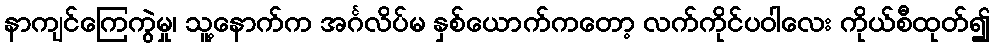
နာကျင်ကြေကွဲမှု၊ သူ့နောက်က အင်္ဂလိပ်မ နှစ်ယောက်ကတော့ လက်ကိုင်ပဝါလေး ကိုယ်စီထုတ်၍